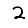
Digit: 2